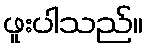
ဖူးပါသည်။